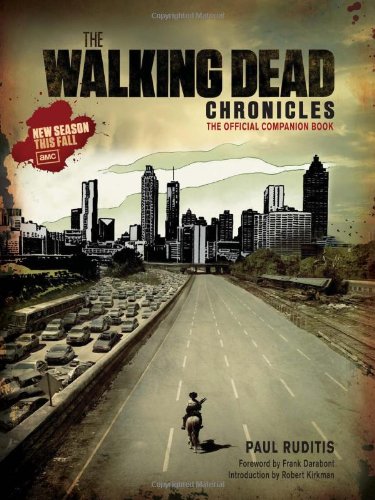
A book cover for The Walking Dead Chronicles: The Official Companion Book; Paul Ruditis; Humor & Entertainment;